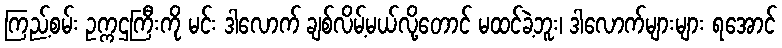
ကြည့်စမ်း ဥက္ကဌကြီးကို မင်း ဒါလောက် ချစ်လိမ့်မယ်လို့တောင် မထင်ခဲ့ဘူး၊ ဒါလောက်များများ ရအောင်